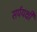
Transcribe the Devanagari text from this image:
सर्पयक्षी